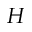
H